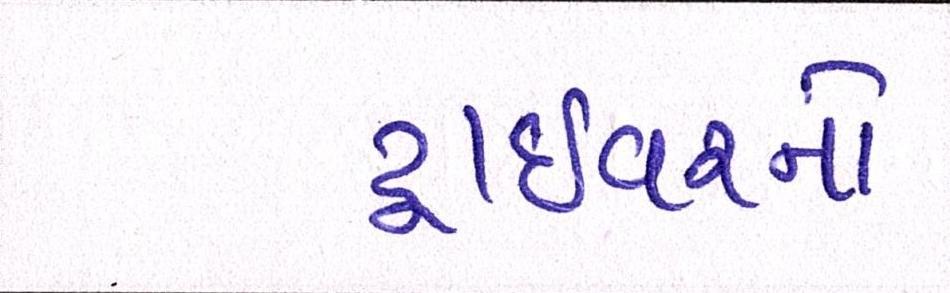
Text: ડ્રાઇવરનો